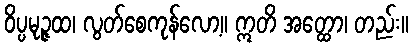
ဝိပ္ပမုဉ္ဇထ၊ လွတ်စေကုန်လော့။ ဣတိ အတ္ထော၊ တည်း။